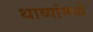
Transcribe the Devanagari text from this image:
थाव्यांमध्ये